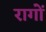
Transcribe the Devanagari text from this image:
रागोँ